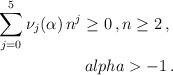
LaTeX: \begin{align*}\sum_{j=0}^{5}\nu_{j}(\alpha)\,n^{j}\geq 0\,,n\geq 2\,,\ \\alpha>-1\,.\end{align*}